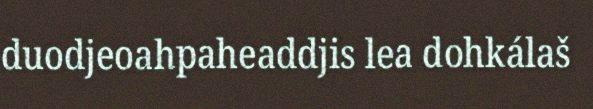
duodjeoahpaheaddjis lea dohkálaš